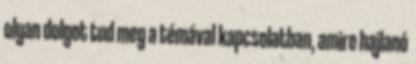
olyan dolgot tud meg a témával kapcsolatban, amire hajlanó